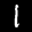
Label: 1